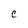
Character: C